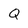
Character: Q